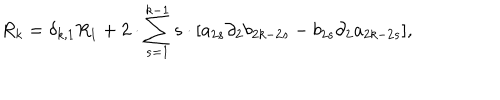
R _ { k } = \delta _ { k , 1 } R _ { 1 } + 2 \cdot \sum _ { s = 1 } ^ { k - 1 } s \cdot [ a _ { 2 s } { \partial } _ { 2 } b _ { 2 k - 2 s } - b _ { 2 s } { \partial } _ { 2 } a _ { 2 k - 2 s } ] ,